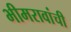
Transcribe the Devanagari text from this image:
भीमरावांची